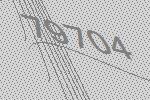
79704